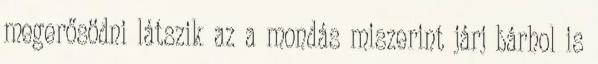
megerősödni látszik az a mondás miszerint járj bárhol is